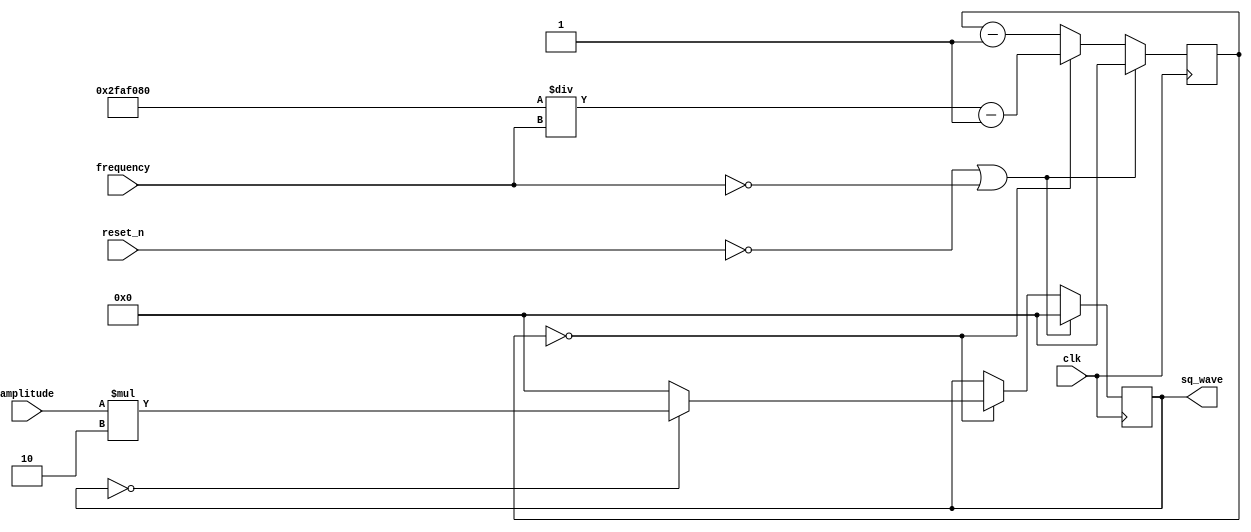
module square_wave_generator(
	input clk,
	input reset_n,
    input [15:0]frequency,
	input [30:0] amplitude, // amplitude from 0 to peak (not peak to peak)
	output [31:0] sq_wave
);

	localparam CLOCK_FREQUENCY = 50000000;
	
    reg [31:0] period;
	reg [31:0] sq_wave_reg;
	assign sq_wave = sq_wave_reg;

 	always @(posedge clk) begin
		if (!reset_n | frequency == 0) begin
			period <= 32'b0;
			sq_wave_reg	<= 32'b0;
		end
	
		else begin 
			if (period == 32'b0) begin
				if (sq_wave_reg == 0)
					sq_wave_reg <= amplitude * 2;
				else 
					sq_wave_reg <= 0;
				period <= CLOCK_FREQUENCY / frequency - 1;		
			end else period <= period - 1; 
			end
		end
		
endmodule